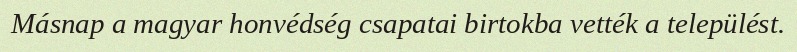
Másnap a magyar honvédség csapatai birtokba vették a települést.